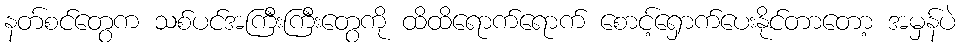
နတ်စင်တွေက သစ်ပင်အကြီးကြီးတွေကို ထိထိရောက်ရောက် စောင့်ရှောက်ပေးနိုင်တာတော့ အမှန်ပဲ